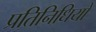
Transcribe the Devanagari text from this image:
प्रतिनिधियो